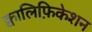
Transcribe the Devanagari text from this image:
क्वालिफ़िकेशन